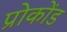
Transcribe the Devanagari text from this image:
प्रोकोंड